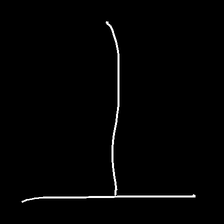
Glyph: column